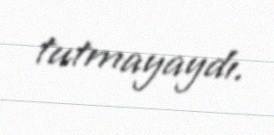
tutmayaydı.